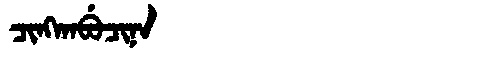
Manchu: ᠴᡳᠩᡴᠠᠪᡠᠴᡳᠨᠠ
Romanization: CINGKABUCINA